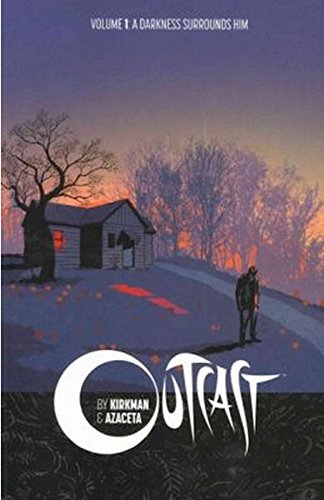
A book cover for Outcast by Kirkman & Azaceta Volume 1: A Darkness Surrounds Him (Outcast by Kirkman & Azaceta Tp); Robert Kirkman; Comics & Graphic Novels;